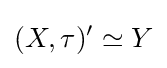
(X,\tau )'\simeq Y